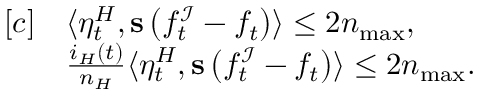
\begin{array} { r l } { [ c ] } & { \langle \eta _ { t } ^ { H } , \mathbf { s } \left( f _ { t } ^ { \mathcal { I } } - f _ { t } \right) \rangle \leq 2 n _ { \operatorname* { m a x } } , } \\ & { \frac { i _ { H } ( t ) } { n _ { H } } \langle \eta _ { t } ^ { H } , \mathbf { s } \left( f _ { t } ^ { \mathcal { I } } - f _ { t } \right) \rangle \leq 2 n _ { \operatorname* { m a x } } . } \end{array}